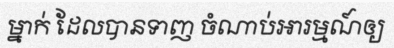
ម្នាក់ ដែលបានទាញ ចំណាប់អារម្មណ៍ឲ្យ